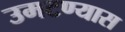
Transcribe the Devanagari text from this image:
उमटण्यास